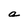
Character: a